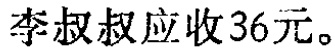
李叔叔应收36元。